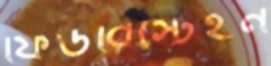
ফিউরিস্টেইন